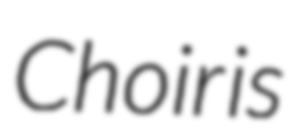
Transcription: Choir is